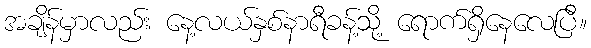
အချိန်မှာလည်း နေ့လယ်နှစ်နာရီခန့်သို့ ရောက်ရှိနေလေပြီ။